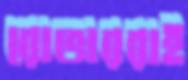
রোভাররাই